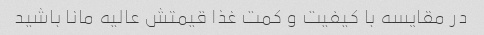
در مقایسه با کیفیت و کمت غذا قیمتش عالیه مانا باشید